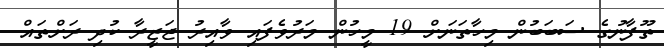
ތޫފާނުގެ ސަބަބުން މިހާތަނަށް 19 މީހުން މަރުވެފައި ވާއިރު ޖަޒީރާ ކުދި ރަށްތައް